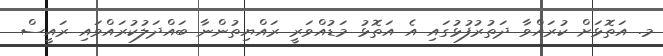
މ. އަތޮޅަށް ކުރައްވާ ދަތުރުފުޅުގައި އެ އަތޮޅު މަޑުއްވަރީ ރައްޔިތުންނާ ބައްދަލުކުރައްވައި ރައީސް